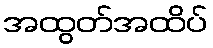
အထွတ်အထိပ်